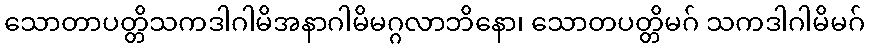
သောတာပတ္တိသကဒါဂါမိအနာဂါမိမဂ္ဂလာဘိနော၊ သောတပတ္တိမဂ် သကဒါဂါမိမဂ်